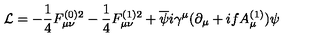
{ \cal L } = - \frac { 1 } { 4 } F _ { \mu \nu } ^ { ( 0 ) 2 } - \frac { 1 } { 4 } F _ { \mu \nu } ^ { ( 1 ) 2 } + \overline { { \psi } } i \gamma ^ { \mu } ( \partial _ { \mu } + i f A _ { \mu } ^ { ( 1 ) } ) \psi